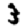
Digit: 3